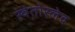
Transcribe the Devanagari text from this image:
स्वेतोस्लेव